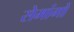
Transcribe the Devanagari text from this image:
सेमांगों